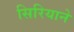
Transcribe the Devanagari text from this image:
सिरियाने